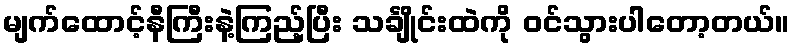
မျက်ထောင့်နီကြီးနဲ့ကြည့်ပြီး သင်္ချိုင်းထဲကို ဝင်သွားပါတော့တယ်။